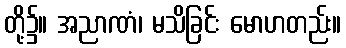
တို့၌။ အညာဏံ၊ မသိခြင်း မောဟတည်း။